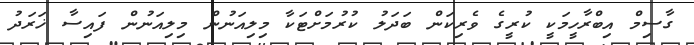
ގާސިމް އިބްރާހީމަކީ ކުރީގެ ވެރިކަން ބަދަލު ކުރުމަށްޓަކާ މިލިއަނުން މިލިއަނުން ފައިސާ ޚަރަދު